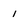
Character: 1